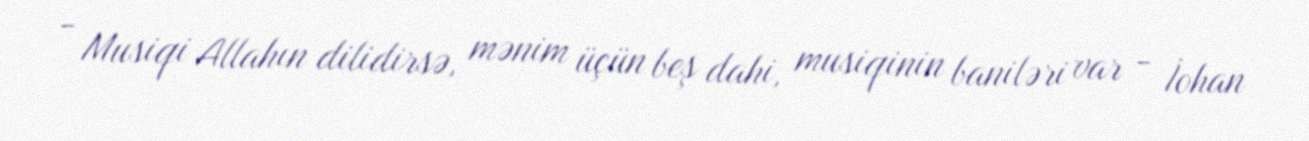
- Musiqi Allahın dilidirsə, mənim üçün beş dahi, musiqinin baniləri var - İohan